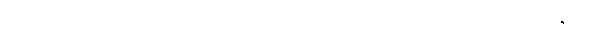
သမာဓိကိုသော်လည်းကောင်း။ ဥပစာရသမာ ဓိကဿဝါ၊ ကိုသော်လည်းကောင်း။ အသံတ္တနိ ကာ၊